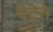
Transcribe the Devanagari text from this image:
ऐटेने